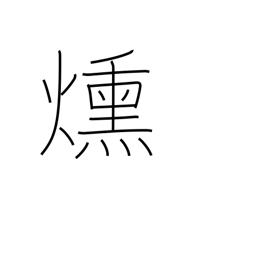
Meaning: smoulder